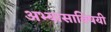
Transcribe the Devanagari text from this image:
अभ्यासाविषयी